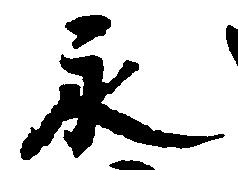
永